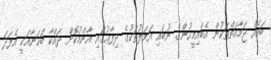
ބައެއް ޖަމާއަތްތަކުން އެބައިމީހުންގެ ނުބައި އަމަލުތަކުގެ ދިފާޢުގައި އާންމުކޮށް ދައްކާ ބަހަނާއަކީ އެފަދަ